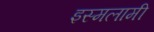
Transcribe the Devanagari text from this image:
इस्मलामी